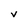
Character: v